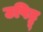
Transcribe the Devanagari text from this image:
उपिट्टू